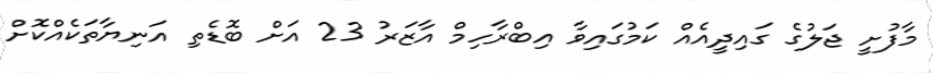
މާފުށީ ޖަލުގެ ގައިދީއެއް ކަމުގައިވާ އިބްރާހިމް އާޒަރު 23 އަށް ބޮޑެތި އަނިޔާތަކެއްކޮށް